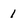
Character: 1